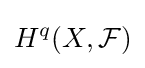
H^{q}(X,{\mathcal {F}})